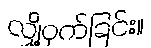
လျှို့ဝှက်ခြင်း။